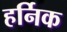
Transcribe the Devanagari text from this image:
हर्निक